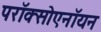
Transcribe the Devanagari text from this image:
परॉक्सोएनॉयन